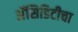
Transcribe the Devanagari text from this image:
अॅसिडिटीचा